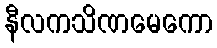
နီလကသိဏမေကော